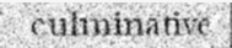
culminative